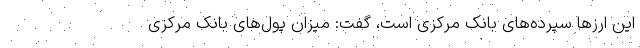
این ارزها سپرده‌های بانک مرکزی است، گفت: میزان پول‌های بانک مرکزی